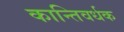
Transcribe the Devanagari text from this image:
कान्तिवर्धक